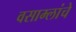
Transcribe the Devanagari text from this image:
वसाम्लांचे